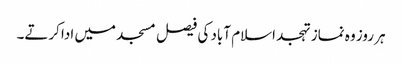
ہر روز وہ نماز تہجد اسلام آباد کی فیصل مسجد میں ادا کرتے۔